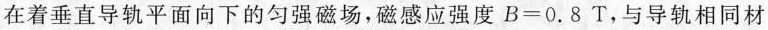
在着垂直导轨平面向下的匀强磁场，磁感应强度$$B=0.8T$$，与导轨相同材